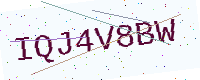
Text: IQJ4V8BW